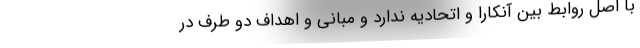
با اصل روابط بین آنکارا و اتحادیه ندارد و مبانی و اهداف دو طرف در